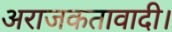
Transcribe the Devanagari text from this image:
अराजकतावादी।